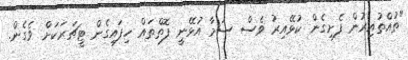
"ތުއްތުއިރުން ފެށިގެން ކުޅޭއިރު ވެސް ސަމާ އުޅޭނީ ފޮތްތައް ހިފައިގެން ޓީޗަރަކަށް ވެގެން.